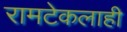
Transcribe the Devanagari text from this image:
रामटेकलाही